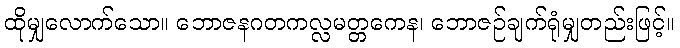
ထိုမျှလောက်သော။ ဘောဇနဂတကလ္လမတ္တကေန၊ ဘောဇဉ်ချက်ရုံမျှတည်းဖြင့်။